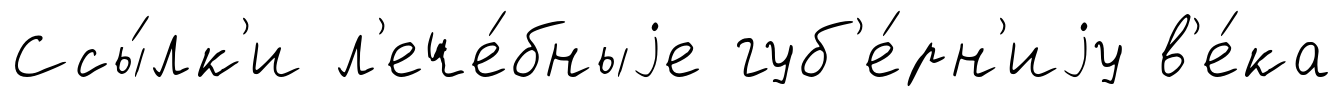
Ссы́лк'и л'ече́бныjе губ'е́рн'иjу в'е́ка